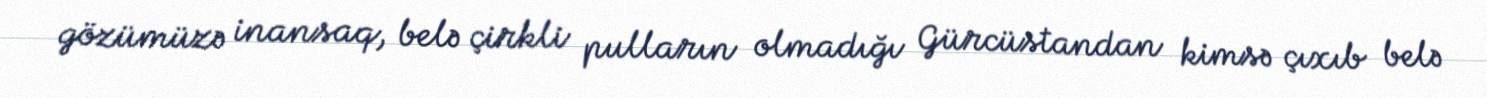
gözümüzə inansaq, belə çirkli pulların olmadığı Gürcüstandan kimsə çıxıb belə